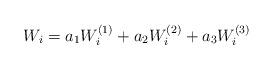
LaTeX: \begin{align*}W_i = a_1 W^{(1)}_i + a_2 W^{(2)}_i + a_3 W^{(3)}_i\end{align*}